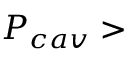
P _ { c a v } >